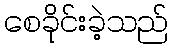
စေခိုင်းခဲ့သည်